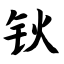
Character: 钬